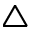
\triangle